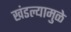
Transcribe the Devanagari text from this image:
खंडल्यामुळे